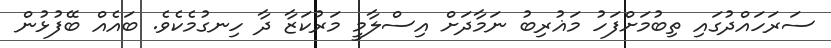
ސަރަހައްދުގައި ތިބުމަށްފަހު މަޣުރިބު ނަމާދަށް އިސްލާމީ މަރުކަޒާ ދާ ހިނގުމެކެވެ. ބައެއް ބޭފުޅުން